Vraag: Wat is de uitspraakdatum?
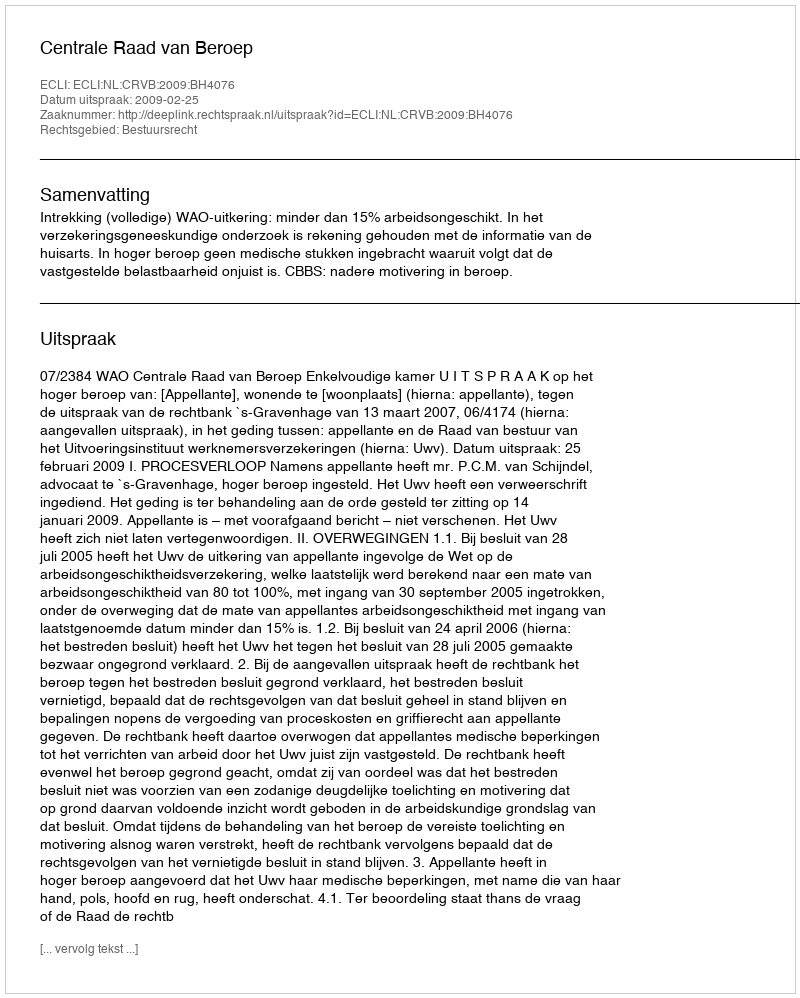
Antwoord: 2009-02-25